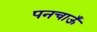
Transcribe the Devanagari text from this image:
पनचाऊँ